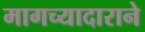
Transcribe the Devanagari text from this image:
मागच्यादाराने